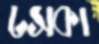
ঢসকা